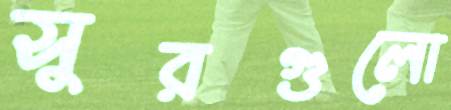
সুরগুলো